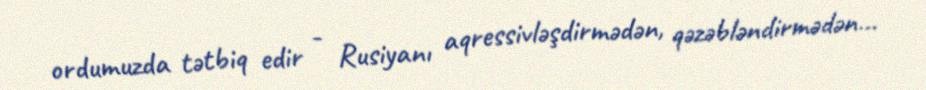
ordumuzda tətbiq edir - Rusiyanı aqressivləşdirmədən, qəzəbləndirmədən...